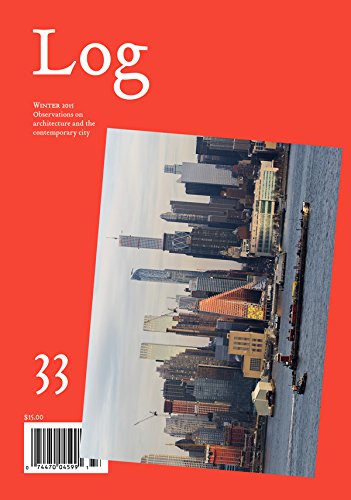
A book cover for Log 33; Cynthia Davidson; Arts & Photography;